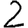
Digit: 2